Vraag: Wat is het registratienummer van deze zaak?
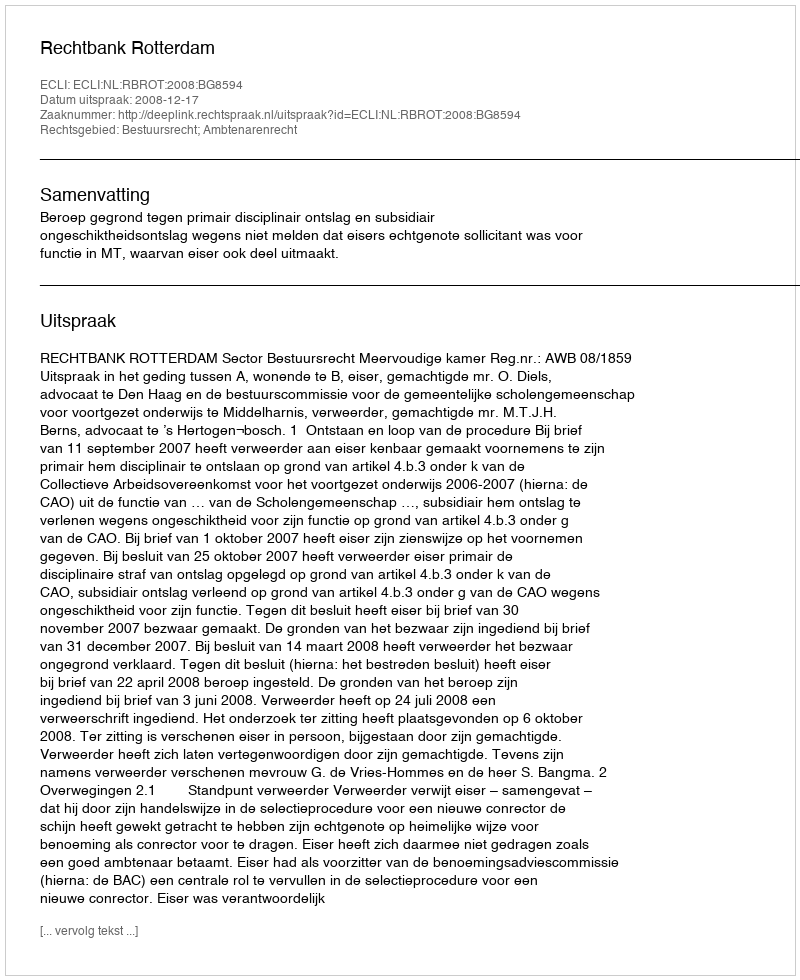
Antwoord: http://deeplink.rechtspraak.nl/uitspraak?id=ECLI:NL:RBROT:2008:BG8594